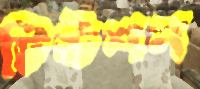
টিউশন